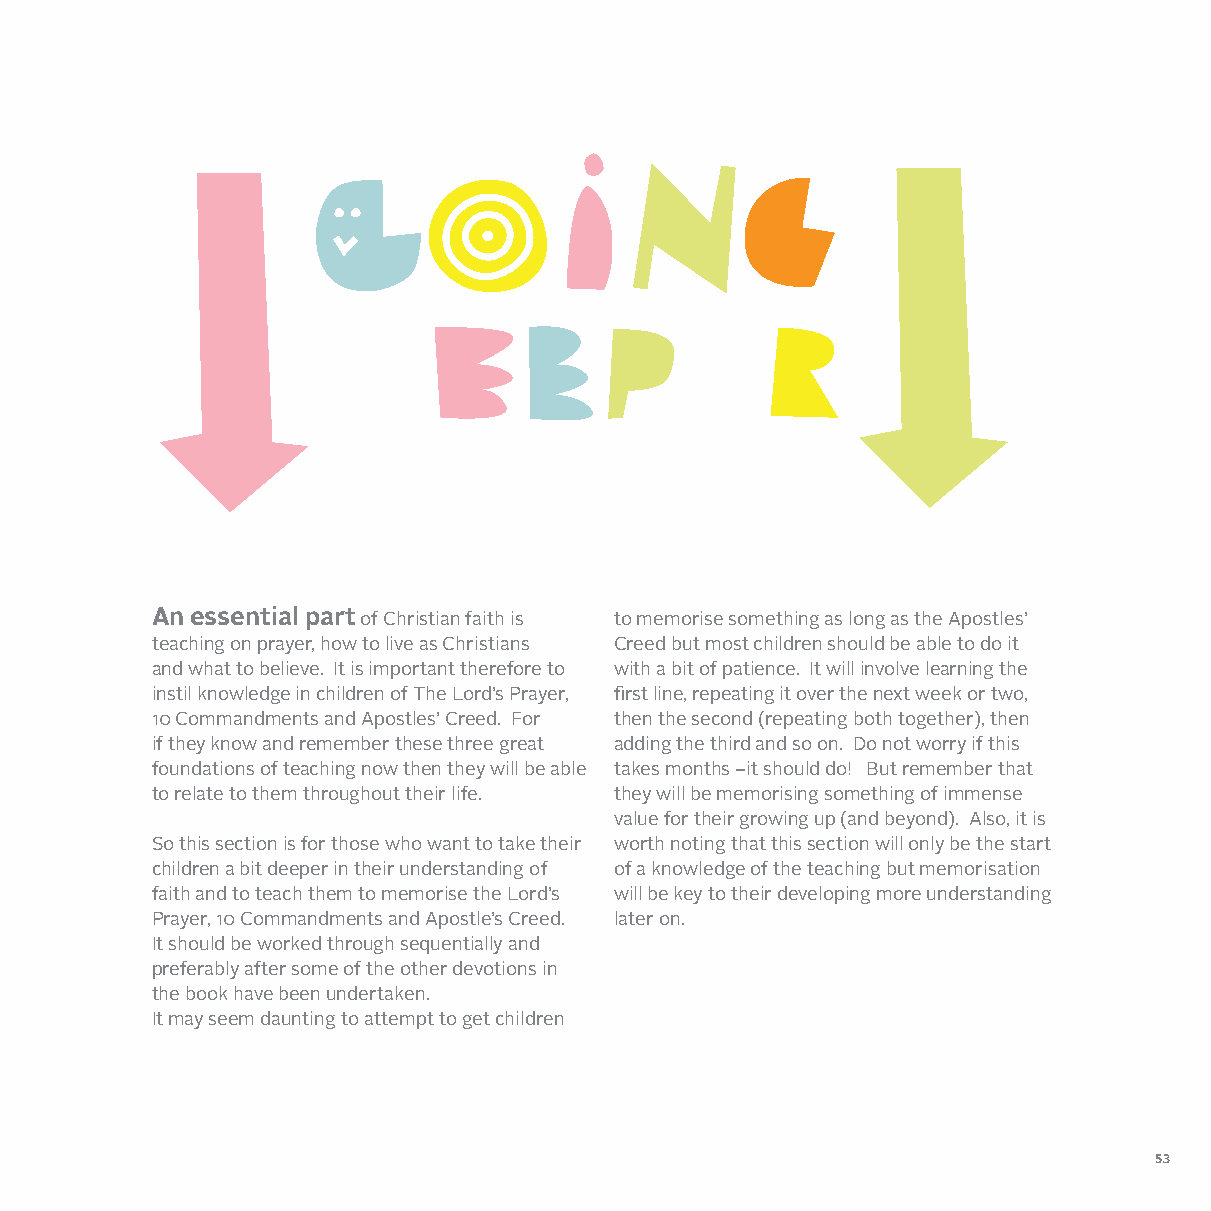
An essential part of Christian faith is to memorise something as long as the Apostles’
 teaching on prayer, how to live as Christians Creed but most children should be able to do it
 and what to believe. It is important therefore to with a bit of patience. It will involve learning the
 instil knowledge in children of The Lord’s Prayer, first line, repeating it over the next week or two,
 10 Commandments and Apostles’ Creed. For then the second (repeating both together), then
 if they know and remember these three great adding the third and so on. Do not worry if this
 foundations of teaching now then they will be able takes months –it should do! But remember that
 to relate to them throughout their life. they will be memorising something of immense
 value for their growing up (and beyond). Also, it is
 So this section is for those who want to take their worth noting that this section will only be the start
 children a bit deeper in their understanding of of a knowledge of the teaching but memorisation
 faith and to teach them to memorise the Lord’s will be key to their developing more understanding
 Prayer, 10 Commandments and Apostle’s Creed. later on.
 It should be worked through sequentially and
 preferably after some of the other devotions in
 the book have been undertaken.
 It may seem daunting to attempt to get children
 53